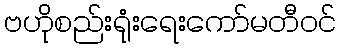
ဗဟိုစည်းရုံးရေးကော်မတီဝင်